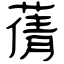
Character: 蒨